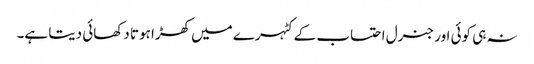
نہ ہی کوئی اور جنرل احتساب کے کٹہرے میں کھڑا ہوتا دکھائی دیتا ہے۔